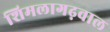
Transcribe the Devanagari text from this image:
शिमलागढ़वाल